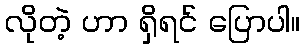
လိုတဲ့ ဟာ ရှိရင် ပြောပါ။